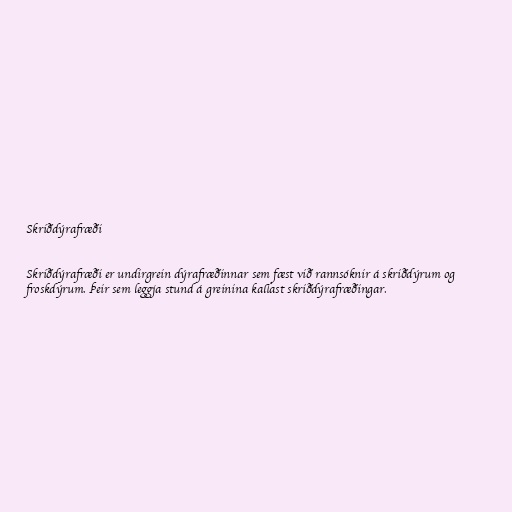
Skriðdýrafræði

Skriðdýrafræði er undirgrein dýrafræðinnar sem fæst við rannsóknir á skriðdýrum og
froskdýrum. Þeir sem leggja stund á greinina kallast skriðdýrafræðingar.